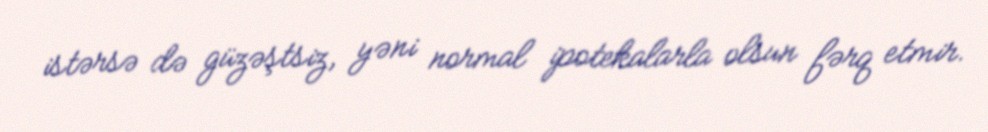
istərsə də güzəştsiz, yəni normal ipotekalarla olsun fərq etmir.